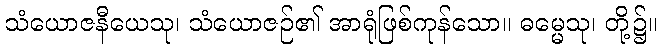
သံယောဇနီယေသု၊ သံယောဇဉ်၏ အာရုံဖြစ်ကုန်သော။ ဓမ္မေသု၊ တို့၌။